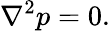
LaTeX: \nabla^{2}p=0.